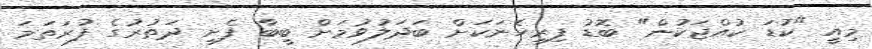
މިއީ "ކުޑަ ކުއްޖަކުން" ބޮޑު ފިރިހެނަކަށް ބަދަލުވުމަށް ބީބާ ފެށި ދަތުރުގެ ފުރަތަމަ